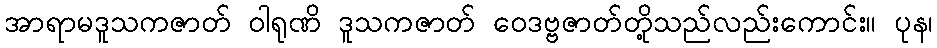
အာရာမဒူသကဇာတ် ဝါရုဏိ ဒူသကဇာတ် ဝေဒဗ္ဗဇာတ်တို့သည်လည်းကောင်း။ ပုန၊